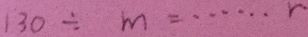
1 3 0 \div m = \cdots r